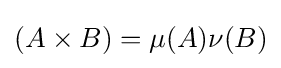
(A\times B)=\mu (A)\nu (B)